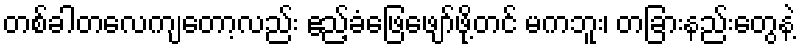
တစ်ခါတလေကျတော့လည်း ဧည့်ခံဖြေဖျော်ဖို့တင် မကဘူး၊ တခြားနည်းတွေနဲ့